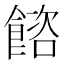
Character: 𩜴